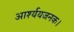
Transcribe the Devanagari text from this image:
आर्श्ययजनक।